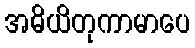
အဓိယိတုကာမာပေ